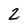
Character: 2